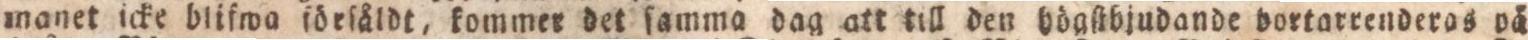
manet icke blifwa ſörſåldt, kommer det ſamma dag att till den bögſtbjudande bortarrenderos pä